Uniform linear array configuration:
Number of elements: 12
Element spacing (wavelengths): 0.75
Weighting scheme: exponential
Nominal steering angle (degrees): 30
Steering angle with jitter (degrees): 28.553
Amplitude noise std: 0.05
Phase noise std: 0.05

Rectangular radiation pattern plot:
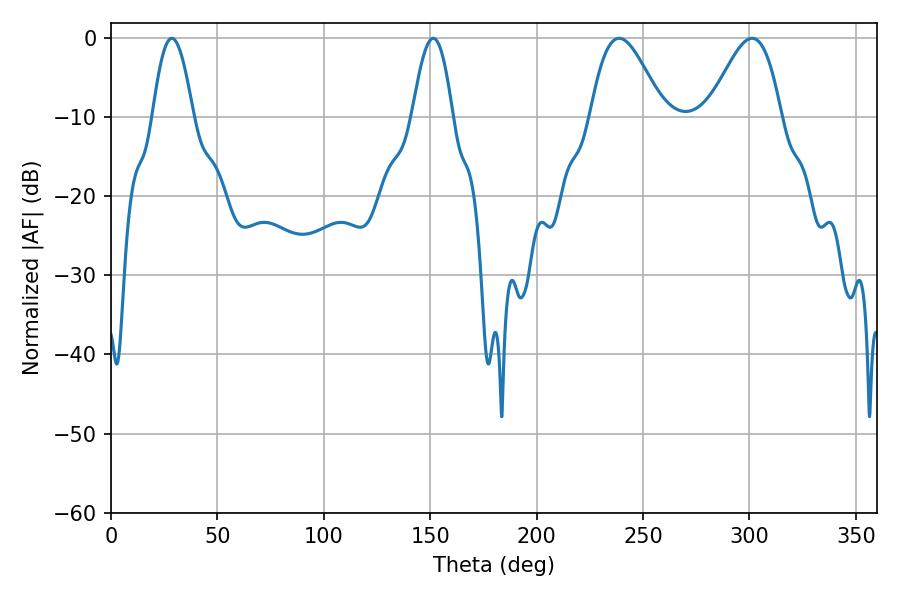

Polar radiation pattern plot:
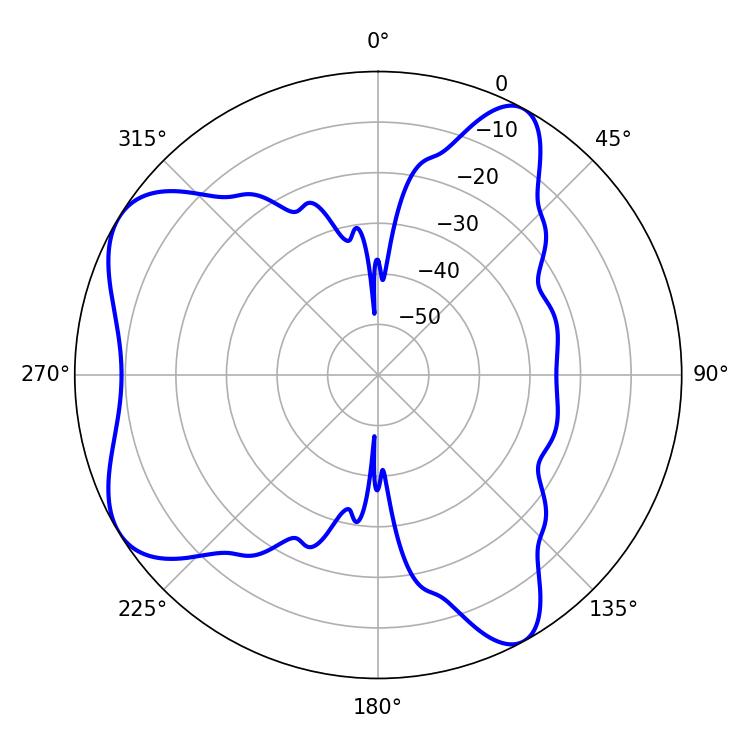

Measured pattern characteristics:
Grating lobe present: TRUE
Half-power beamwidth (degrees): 10.26
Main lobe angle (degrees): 28.62